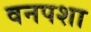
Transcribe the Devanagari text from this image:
वनपशा